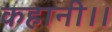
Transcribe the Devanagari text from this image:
कहानी।।